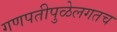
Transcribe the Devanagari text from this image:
गणपतीपुळेलगतच